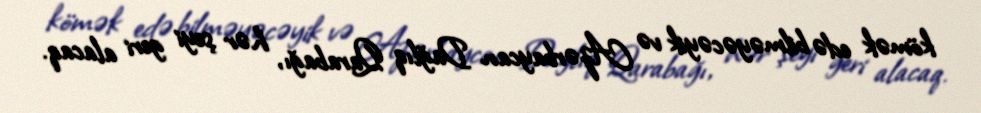
kömək edə bilməyəcəyik və Azərbaycan Dağlıq Qarabağı, hər şeyi geri alacaq.